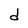
Character: d